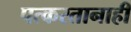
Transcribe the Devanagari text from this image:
पत्करतानाही